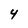
Character: 4